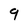
Character: 9